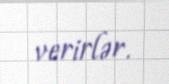
verirlər.